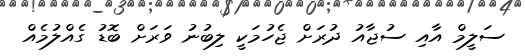
ސަލީމް އާއި ސުޖާއު ދުރަށް ޖެހުމަކީ ލިބުނު ވަރަށް ބޮޑު ގެއްލުމެއް